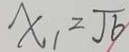
x _ { 1 } = \sqrt { b }